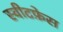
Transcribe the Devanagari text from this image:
स्वीटफ़ेस